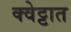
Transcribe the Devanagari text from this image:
क्वेट्टात